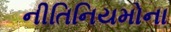
નીતિનિયમોના